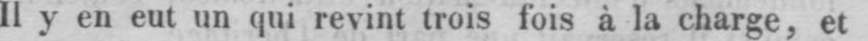
Il y en eut un qui revint trois fois à la charge, et